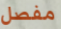
مفصل